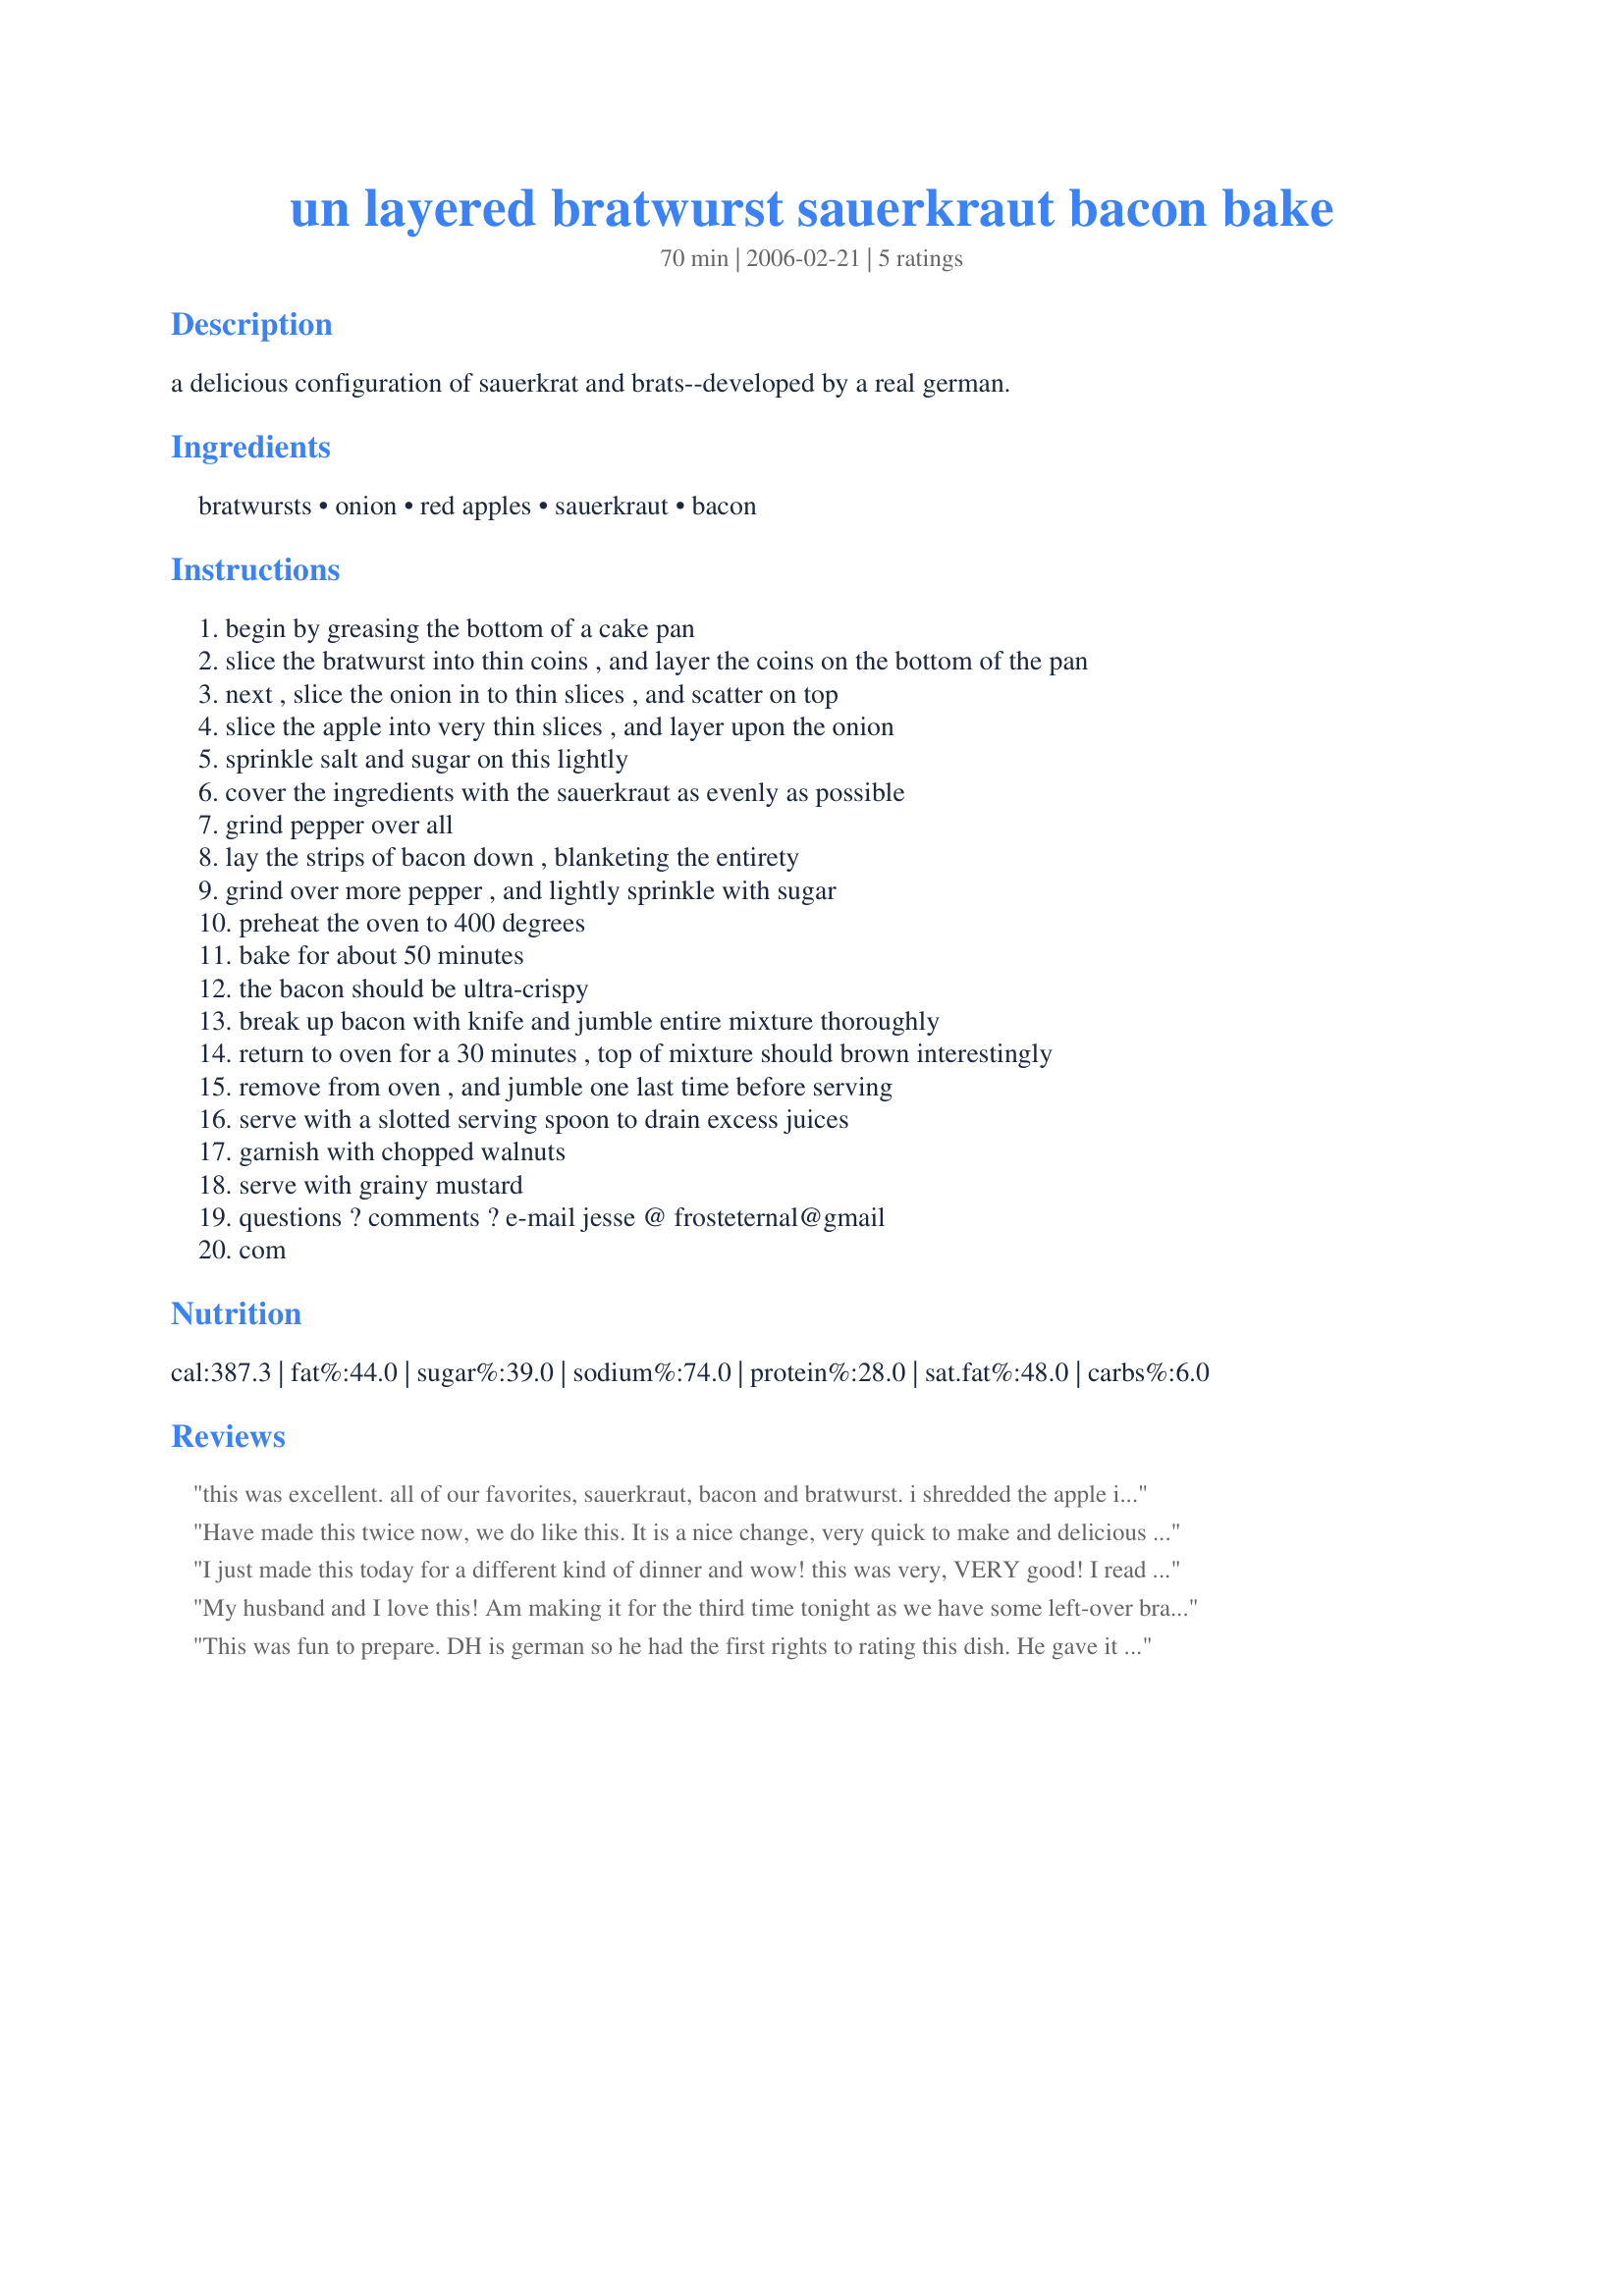
un layered bratwurst sauerkraut bacon bake
Preparation time: 70 minutes

a delicious configuration of sauerkrat and brats--developed by a real german.

Ingredients:
bratwursts, onion, red apples, sauerkraut, bacon

Steps:
begin by greasing the bottom of a cake pan
slice the bratwurst into thin coins , and layer the coins on the bottom of the pan
next , slice the onion in to thin slices , and scatter on top
slice the apple into very thin slices , and layer upon the onion
sprinkle salt and sugar on this lightly
cover the ingredients with the sauerkraut as evenly as possible
grind pepper over all
lay the strips of bacon down , blanketing the entirety
grind over more pepper , and lightly sprinkle with sugar
preheat the oven to 400 degrees
bake for about 50 minutes
the bacon should be ultra-crispy
break up bacon with knife and jumble entire mixture thoroughly
return to oven for a 30 minutes , top of mixture should brown interestingly
remove from oven , and jumble one last time before serving
serve with a slotted serving spoon to drain excess juices
garnish with chopped walnuts
serve with grainy mustard
questions ? comments ? e-mail jesse @ frosteternal@gmail
com

Reviews:
this was excellent. all of our favorites, sauerkraut, bacon and bratwurst. i shredded the apple instead of slicing it and used the onion in slivers. what an enjoyable, easy dinner. vielen dank
Have made this twice now, we do like this. It is a nice change, very quick to make and delicious !!! I used Maple Bacon and it gave it a nice sweet taste !! If your bacon is salty I would not add additional salt though. I like to use the low sodium. Thanks for letting us try this, I will make this again.
I just made this today for a different kind of dinner and wow! this was very, VERY good! I read the ingredients and my first thought was "This should be interesting" and it came out fantastic! I will definitely be making this again! Definitely something I think should be sampled at least once. I followed your recipe to a "T"
My husband and I love this! Am making it for the third time tonight as we have some left-over brats from our cookout last night. YUMMY!
This was fun to prepare. DH is german so he had the first rights to rating this dish. He gave it a BIG thumbs up. (5 stars). This had a true german taste to it. I was surprise that it didn't include sugar. Most german sauerkraut recipes have some form of sugar to help cut the sour taste. This didn't need it. What a great recipe I plan of making it again and again. Thanks for posting!
